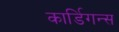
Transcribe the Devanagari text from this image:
कार्डिगन्स